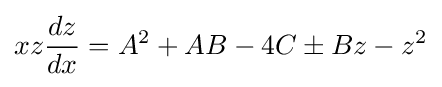
xz{\frac {dz}{dx}}=A^{2}+AB-4C\pm Bz-z^{2}